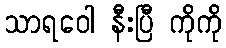
သာရဝေါ နီးပြီ ကိုကို